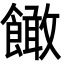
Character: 䭛